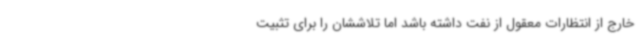
خارج از انتظارات معقول از نفت داشته باشد اما تلاششان را برای تثبیت